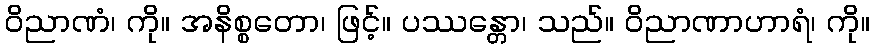
ဝိညာဏံ၊ ကို။ အနိစ္စတော၊ ဖြင့်။ ပဿန္တော၊ သည်။ ဝိညာဏာဟာရံ၊ ကို။